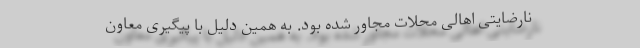
نارضایتی اهالی محلات مجاور شده بود. به همین دلیل با پیگیری معاون